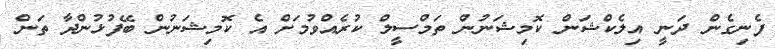
ފެނިގެން ދަނީ އިލެކްޝަން ކޮމިޝަނުން ތަމްސީލް ކުރެއްވުމަށް އެ ކޮމިޝަނުން ބޭފުޅުންދާ ތަން